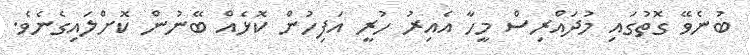
ބުނެވޭ ގޮތުގައި މުދައްރިސް މީހާ އެއިރު ހުރީ އަފިހުން ކޮޅެއް ބޭނުން ކޮށްލައިގެނެވެ.